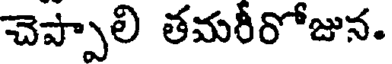
చెప్పాలి తమరీరోజున.